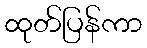
ထုတ်ပြန်ကာ